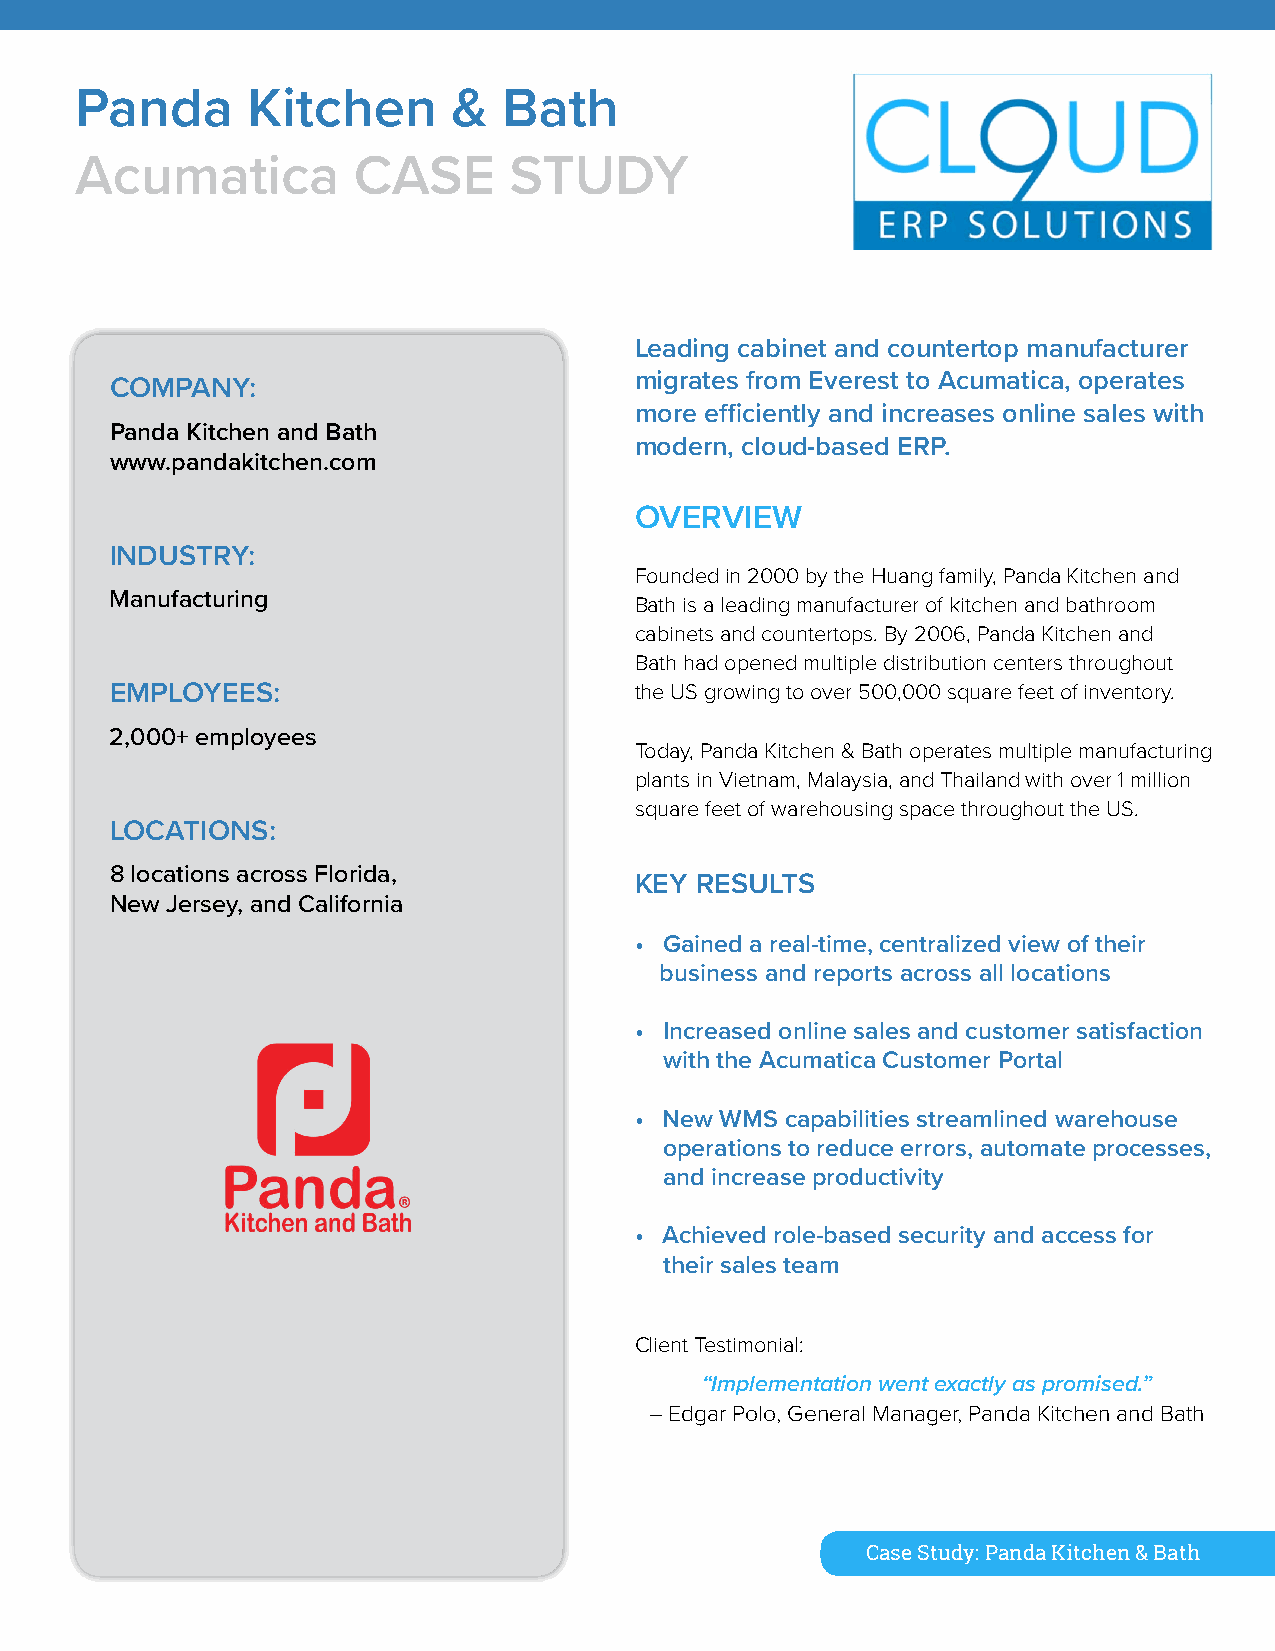
Panda      Kitchen       &  Bath
 Acumatica         CASE       STUDY
 Leading cabinet and countertop manufacturer
 migrates from Everest to Acumatica, operates
 COMPANY:
 more efficiently and increases online sales with
 Panda Kitchen and Bath
 modern, cloud-based ERP.
 www.pandakitchen.com
 OVERVIEW
 INDUSTRY:
 Founded in 2000 by the Huang family, Panda Kitchen and
 Manufacturing                      Bath is a leading manufacturer of kitchen and bathroom
 cabinets and countertops. By 2006, Panda Kitchen and
 Bath had opened multiple distribution centers throughout
 EMPLOYEES:                         the US growing to over 500,000 square feet of inventory.
 2,000+ employees
 Today, Panda Kitchen & Bath operates multiple manufacturing
 plants in Vietnam, Malaysia, and Thailand with over 1 million
 square feet of warehousing space throughout the US.
 LOCATIONS:
 8 locations across Florida,
 KEY RESULTS
 New Jersey, and California
 • Gained a real-time, centralized view of their
 business and reports across all locations
 • Increased online sales and customer satisfaction
 with the Acumatica Customer Portal
 • New WMS capabilities streamlined warehouse
 operations to reduce errors, automate processes,
 and increase productivity
 • Achieved role-based security and access for
 their sales team
 Client Testimonial:
 “Implementation went exactly as promised.”
 – Edgar Polo, General Manager, Panda Kitchen and Bath
 Case Study: Panda Kitchen & Bath